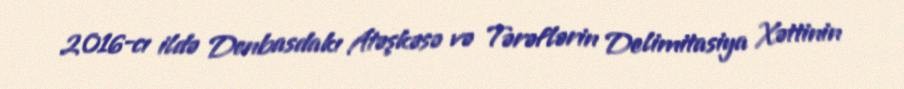
2016-cı ildə Donbasdakı Atəşkəsə və Tərəflərin Delimitasiya Xəttinin